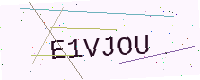
Text: E1VJOU